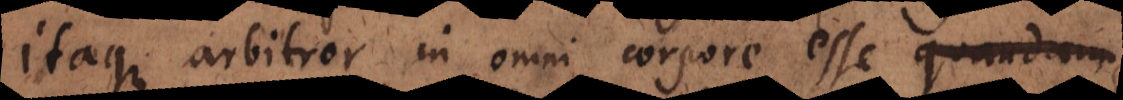
Itaque arbitror in omni corpore esse quendam